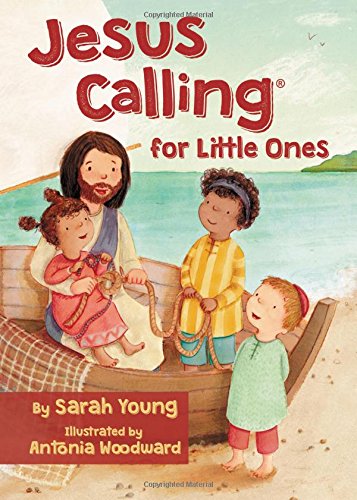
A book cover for Jesus Calling for Little Ones; Sarah Young; Christian Books & Bibles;